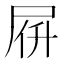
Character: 𡱚